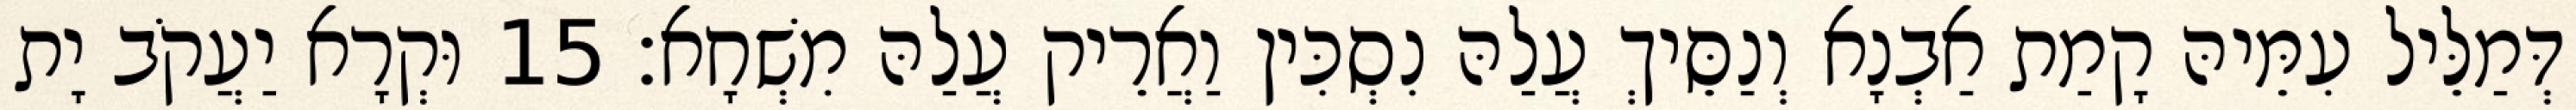
דְּמַלֵּיל עִמֵּיהּ קָמַת אַבְנָא וְנַסֵּיךְ עֲלַהּ נִסְכִּין וַאֲרֵיק עֲלַהּ מִשְׁחָא׃ 15 וּקְרָא יַעֲקֹב יָת